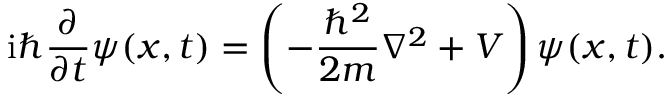
\mathrm { i } \hbar \frac { \partial } { \partial t } \psi ( \boldsymbol { x } , t ) = \left( - \frac { \hbar ^ { 2 } } { 2 m } \nabla ^ { 2 } + V \right) \psi ( \boldsymbol { x } , t ) .